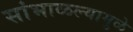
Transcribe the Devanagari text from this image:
सांभाळल्यामुळे